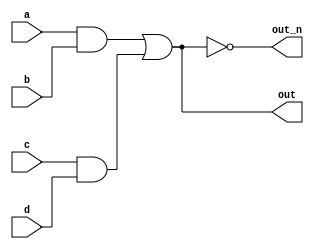
`default_nettype none
module top_module (
    input  wire a, b, c, d,
    output wire out, out_n
);

    wire d1, d2, e;

    and a1 (d1, a, b),
        a2 (d2, c, d);

    or o1 (e, d1, d2);

    assign out = e;
    not n1 (out_n, e);

endmodule